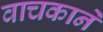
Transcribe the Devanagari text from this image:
वाचकाने